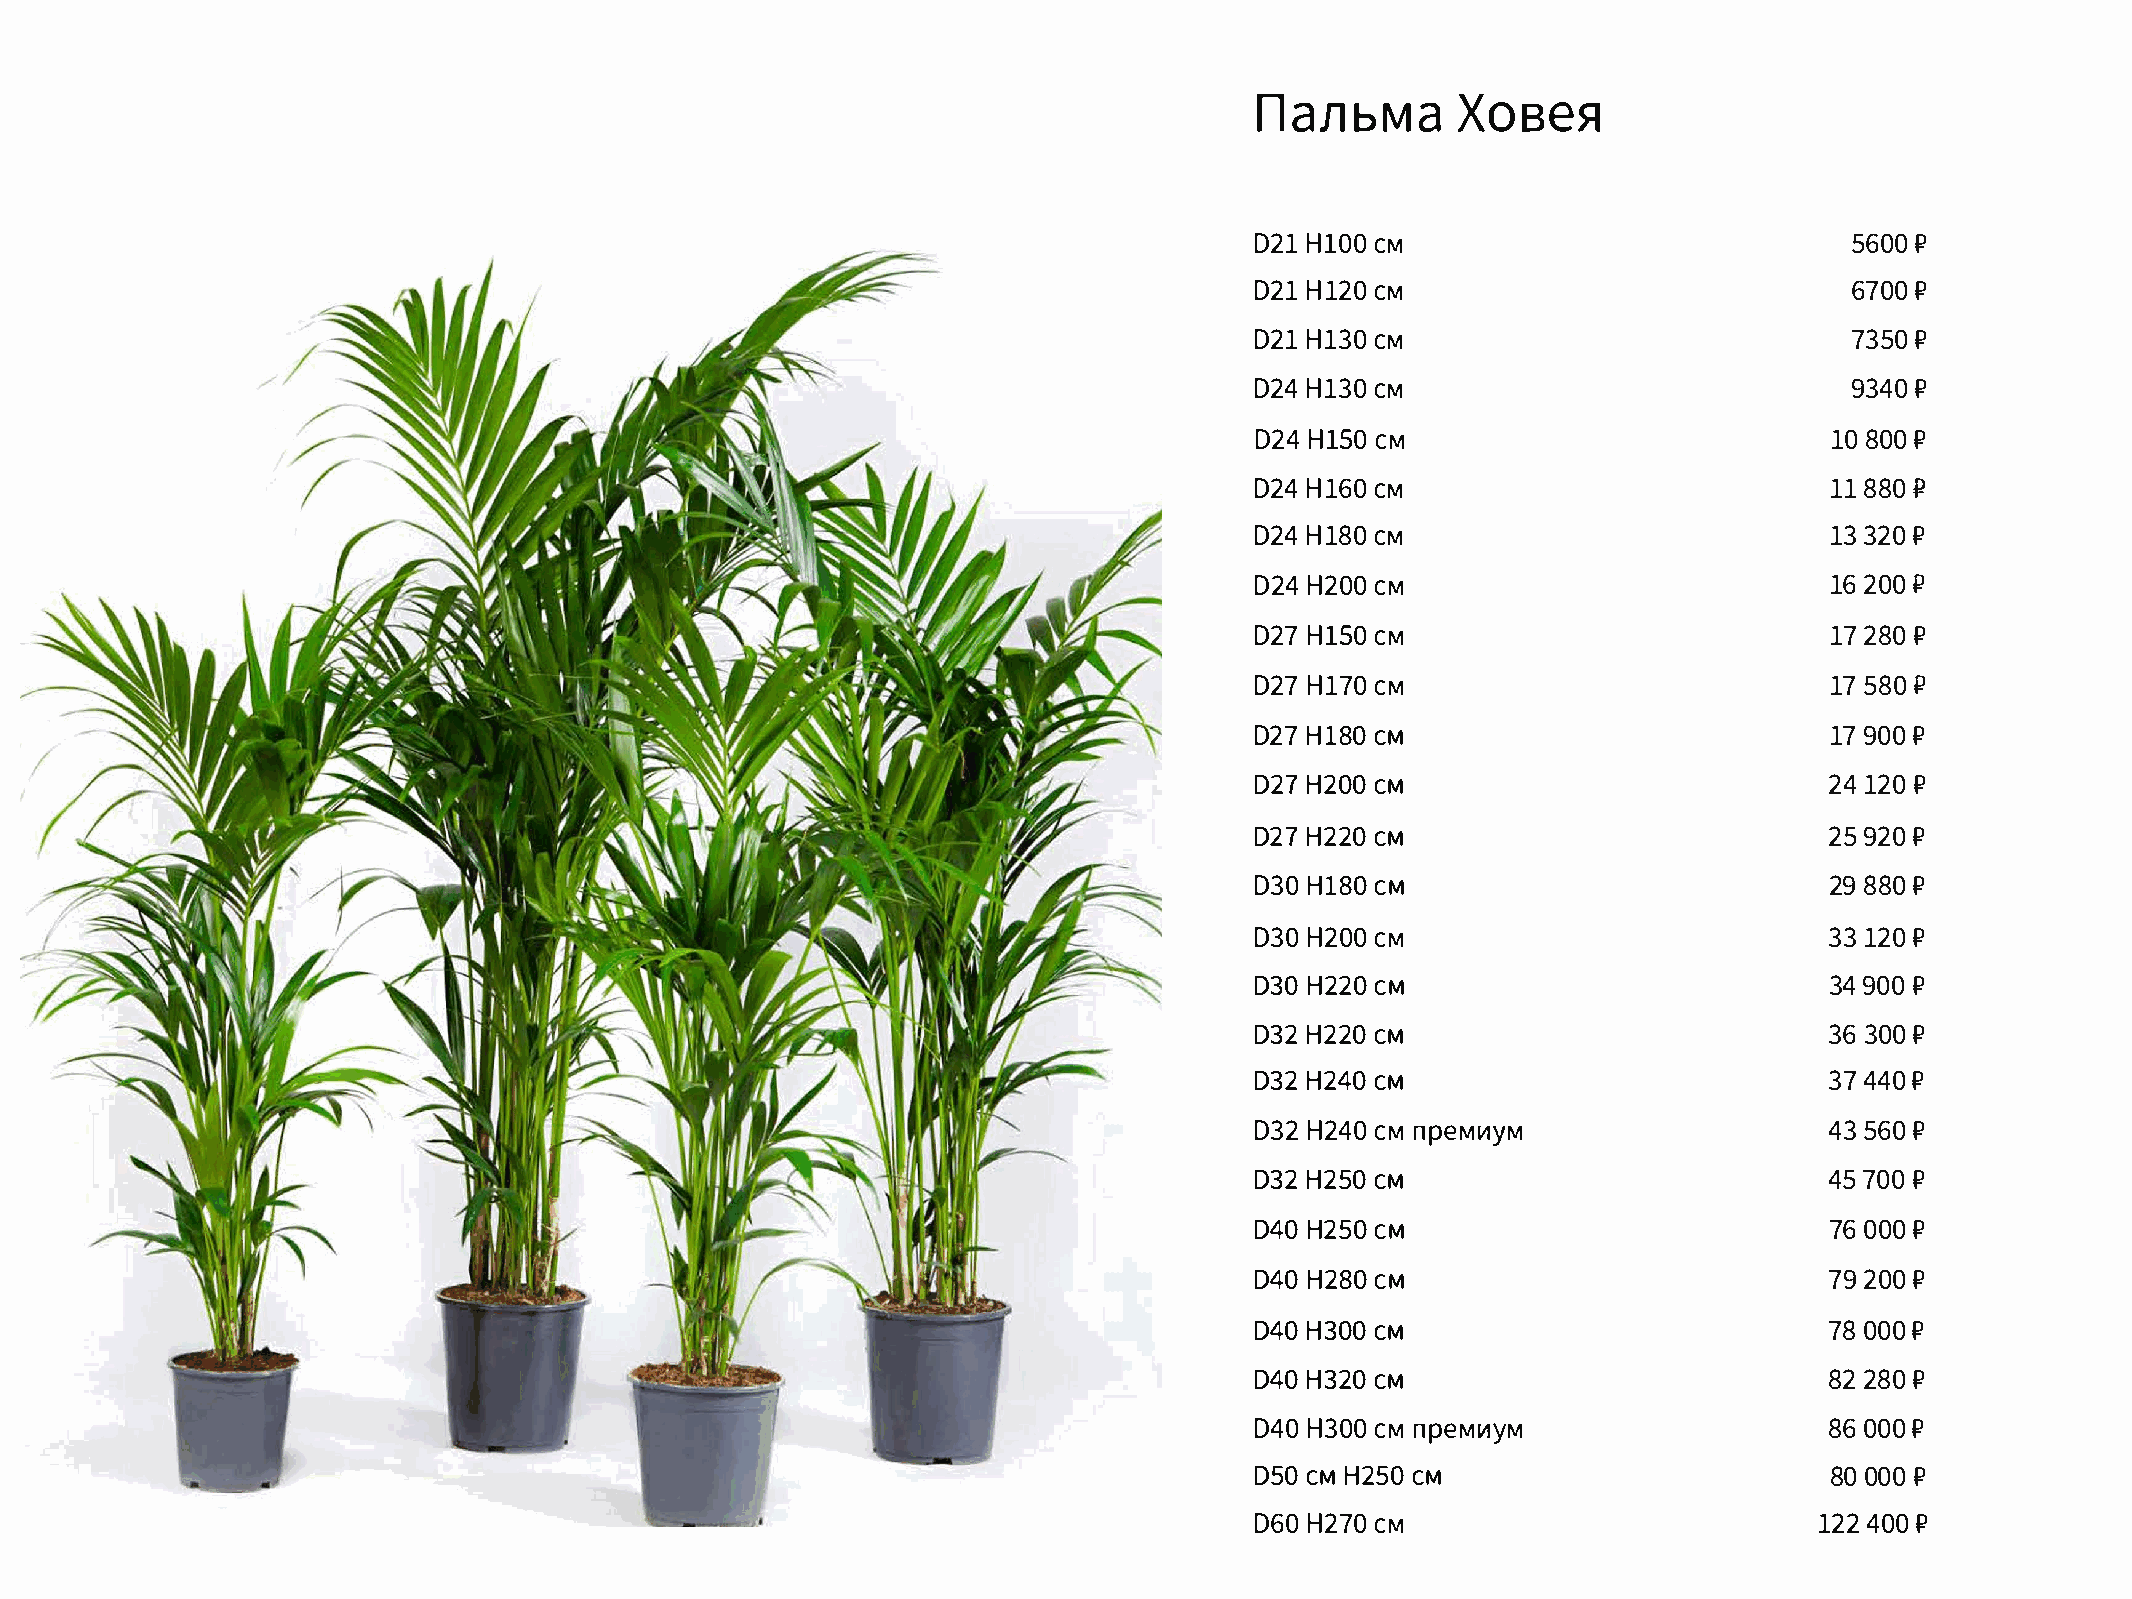
nanbXMoas                 e.sl
 D2H1l  0C0M                            5600P
 D2H11  2C0M                            6700P
 D2H11  3C0M                            7350P
 D2H41  3C0M                            9340P
 D2H4l  SC0M                           108 0P0
 D2H41  6C0M                           1188i?0
 D2H41  8C0M                           133 2P0
 D2H42  0C0M                           162 0P0
 D2H7l  SC0M                           172 80   P
 D2H71  7C0M                           175 8P0
 D2H71  8C0M                           179 0P0
 D27H 20C0M                            2412P0
 D27H 22C0M                            259 2P0
 D3H0l  8C0M                           298 80   P
 D3H02  0C0M                           3312P0
 D30H 22C0M                            349 0P0
 D32H 22C0M                            363 0P0
 D32H 24C0M                            374 4P0
 D3H22  4C0Mn peMIIIYM                 435 6P0
 D32H 25C0M                            457 0P0
 D40H 25C0M                            760 00   P
 D40H 28C0M                            792 0P0
 D40H 30C0M                            780 0P0
 D40H 32C0M                            822 8P0
 D4H03  0C0Mn peM111yM                 860 0P0
 D50CM H 25C0M                         800 0P0
 D6H02  7C0M                          12420 P0